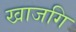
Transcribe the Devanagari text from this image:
खाजगि